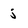
Character: j